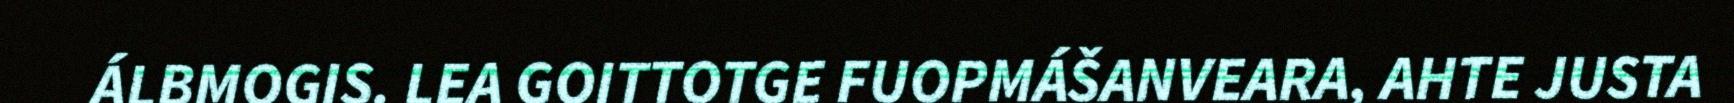
ÁLBMOGIS. LEA GOITTOTGE FUOPMÁŠANVEARA, AHTE JUSTA